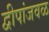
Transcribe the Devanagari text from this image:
द्वीपांजवळ